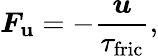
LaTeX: \boldsymbol{F_{\mathrm{u}}}=-\frac{\boldsymbol{u}}{\tau_{\mathrm{fric}}},